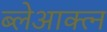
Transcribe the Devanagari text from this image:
ब्लेआक्त्न